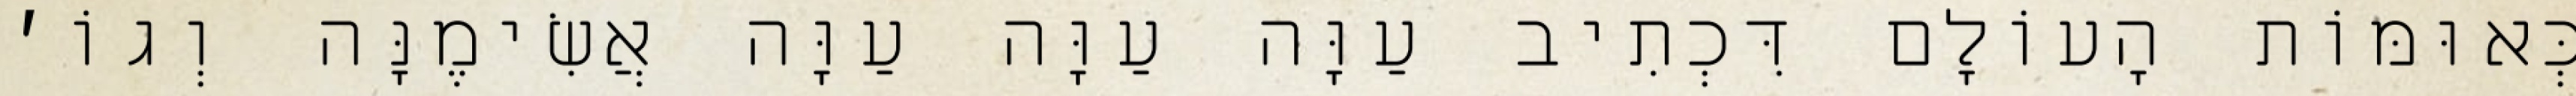
כְּאוּמּוֹת הָעוֹלָם דִּכְתִיב עַוָּה עַוָּה עַוָּה אֲשִׂימֶנָּה וְגוֹ׳